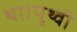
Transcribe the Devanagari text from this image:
था।पृथ्वी